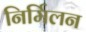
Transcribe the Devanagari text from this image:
निर्मिलन